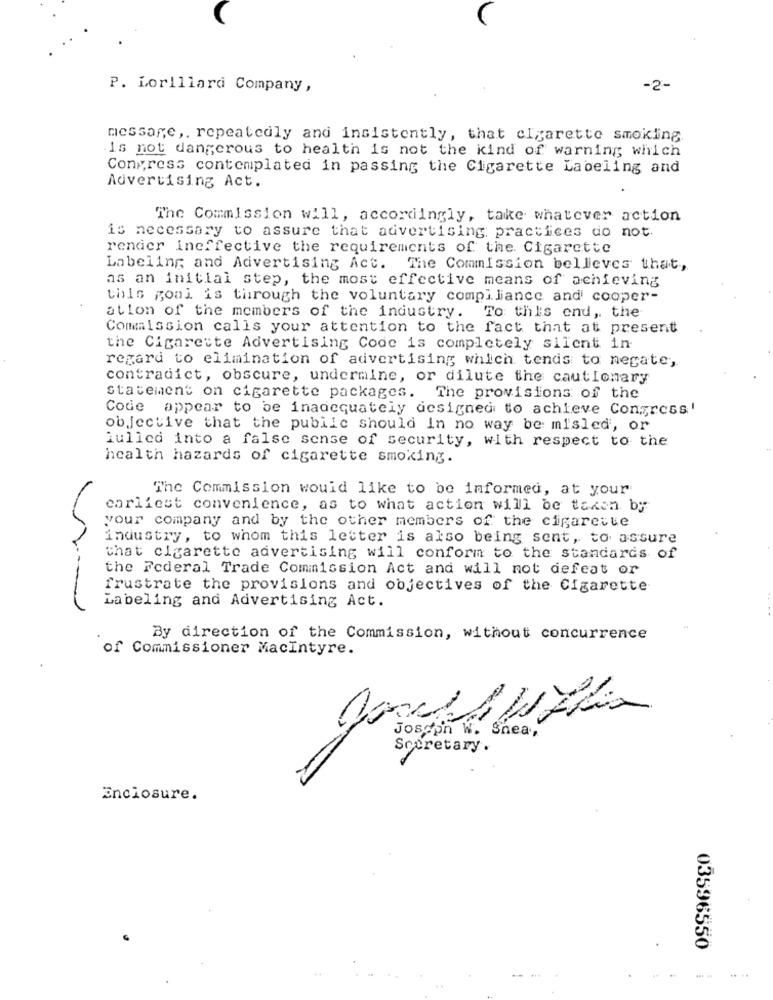
P. Lorillard Company,
-2-
message ,. repeatedly and insistently, that cigarette smoking
Is not dangerous to health is not the kind of warning which
Congress contemplated in passing the Cigarette Labeling and
Advertising Act.
The Commission will, accordingly, take whatever action
is necessary to assure that advertising practices do not
render ineffective the requirements of the. Cigarette
Labeling and Advertising Act. The Commission belleves that,
as an initial step, the most effective means of achieving
this goal is through the voluntary compi liance and' cooper-
ation of the members of the industry. To this end, the
Commission calls your attention to the fact that at present
the Cigarette Advertising Code is completely silent in
regard to elimination of advertising which tends to negate,
contradict, obscure, undermine, or dilute the cautionary
statement on cigarette packages. The provisions of the
Code appear to be inadequately designed to achieve Congress'
objective that the public should In no way be misled, or
lullcd into a false sense of security, with respect to the
health hazards of cigarette smoking.
The Commission would like to be informed, at your
earliest convenience, as to what action will be taken by
your company and by the other members of the cigarette
industry, to whom this letter is also being sent, to assure
that cigarette advertising will conform to the standards of
the Federal Trade Commission Act and will not defeat or
frustrate the provisions and objectives of the Cigarette
Labeling and Advertising Act.
By direction of the Commission, without concurrence
of Commissioner Macintyre.
Joseph W. Shea,
Secretary.
Enclosure.
03596550
.. ..